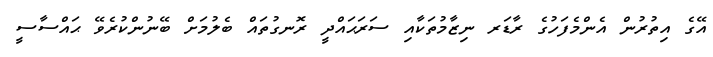
އޭގެ އިތުރުން އެންމެފަހުގެ ރާޑަރ ނިޒާމުތަކާއި ސަރަޙައްދީ ރޮނގުތައް ބެލުމަށް ބޭނުންކުރެވޭ ޙައްސާސީ